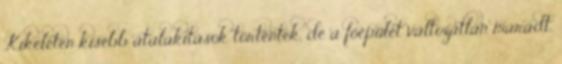
Kikeleten kisebb átalakítások történtek, de a főépület változatlan maradt.